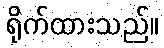
ရိုက်ထားသည်။